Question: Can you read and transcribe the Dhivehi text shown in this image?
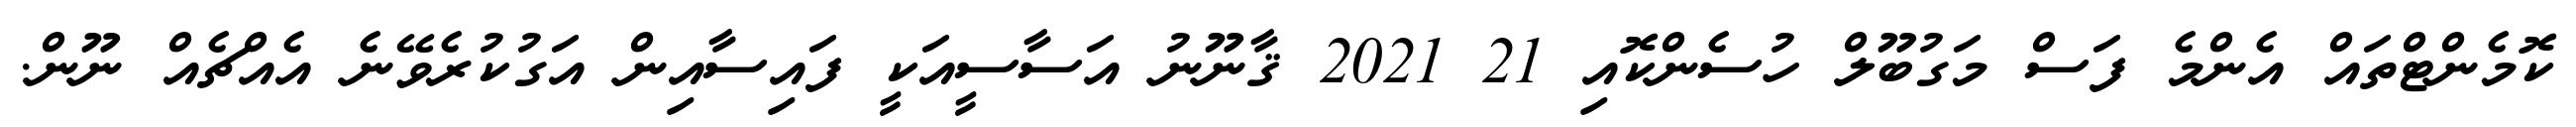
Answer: ކޮމެންޓްތައް އެންމެ ފަސް މަގުބޫލް ހުސެންކޮއި 21 2021 ޤާނޫނު އަސާސީއަކީ ފައިސާއިން އަގުކުރެވޭނެ އެއްޗެއް ނޫން.